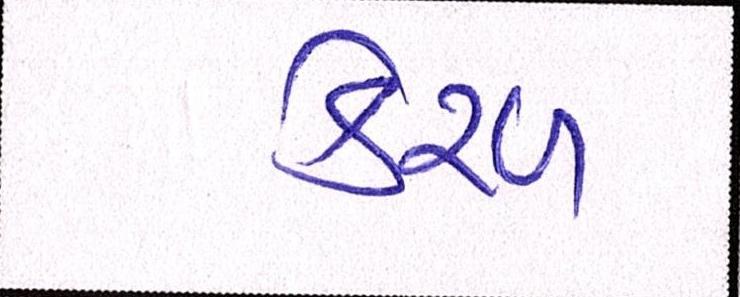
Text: કેરળ